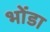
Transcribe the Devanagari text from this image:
भोंडा